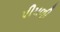
પીપળી